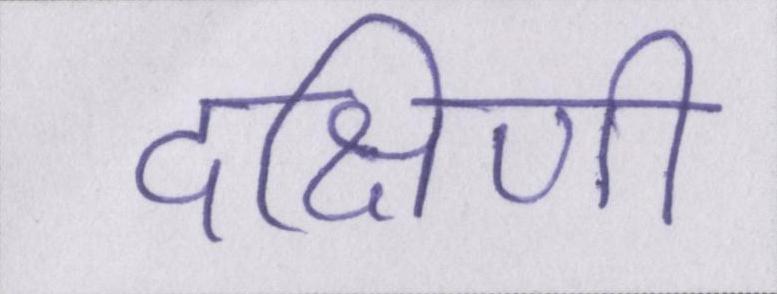
दक्षिणी